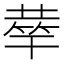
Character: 𥮌